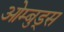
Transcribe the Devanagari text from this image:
ओम्बुड्स